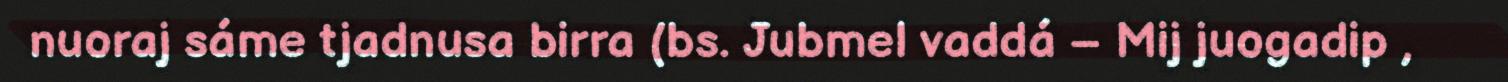
nuoraj sáme tjadnusa birra (bs. Jubmel vaddá – Mij juogadip ,